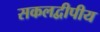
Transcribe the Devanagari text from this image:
सकलद्वीपीय